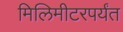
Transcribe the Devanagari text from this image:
मिलिमीटरपर्यंत